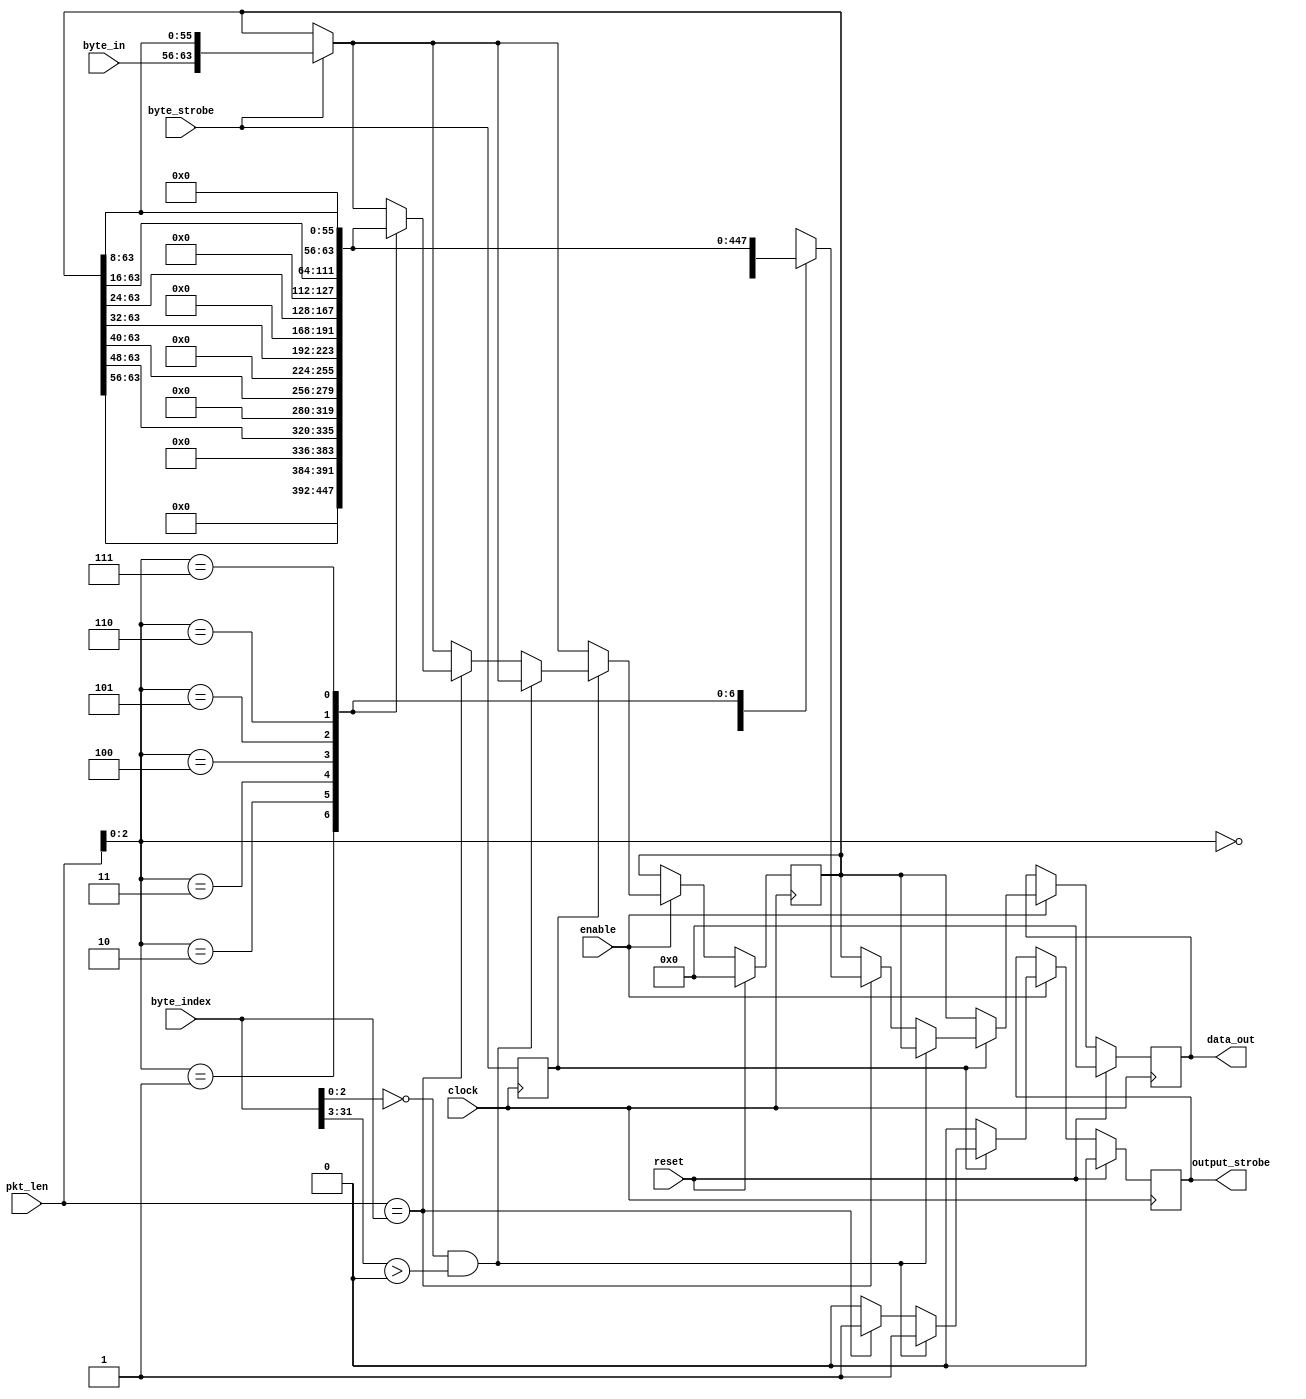
/********************************************************           
    * An interface to assemble bytes into 64 bits.         *   
    *                                                      *   
    ********************************************************/  
module intf_64bit (
    input clock,
    input reset,
    input enable,
    input wire [15:0] pkt_len,
    input wire [31:0] byte_index,
    input wire [7:0] byte_in,
    input wire byte_strobe,

    output reg [63:0] data_out,
    output reg output_strobe
);


    reg byte_strobe_delay ;
    reg [63:0] dout ; 
    always @ (posedge clock)
    begin
        byte_strobe_delay <= byte_strobe ;
        //data_out <= dout ;
    end
    
    always @ (posedge clock)
    begin
        if(reset) begin
            dout <= 64'h0 ;
            data_out <= 64'h0;
            output_strobe <= 1'b0 ;
        end  
        else if(enable) begin
            output_strobe <= 1'b0 ;
            data_out <= dout ;
            if(byte_strobe) begin
                dout <= {byte_in, dout[63:8]} ;
            end
            if(byte_strobe_delay) begin
                if(byte_index[2:0] == 3'b0 && byte_index[31:3] > 0 )
                    output_strobe <= 1'b1 ;
                else if (pkt_len == byte_index) begin
                    output_strobe <= 1'b1 ;
                    case (pkt_len[2:0])
                        3'b000: data_out <= dout;
                        3'b001: begin data_out <= {56'b0,dout[63:56]}; dout <= {56'b0,dout[63:56]}; end
                        3'b010: begin data_out <= {48'b0,dout[63:48]}; dout <= {48'b0,dout[63:48]}; end
                        3'b011: begin data_out <= {40'b0,dout[63:40]}; dout <= {40'b0,dout[63:40]}; end
                        3'b100: begin data_out <= {32'b0,dout[63:32]}; dout <= {32'b0,dout[63:32]}; end
                        3'b101: begin data_out <= {24'b0,dout[63:24]}; dout <= {24'b0,dout[63:24]}; end
                        3'b110: begin data_out <= {16'b0,dout[63:16]}; dout <= {16'b0,dout[63:16]}; end
                        3'b111: begin data_out <= {8'b0,dout[63:8]};   dout <= {8'b0,dout[63:8]};   end  
                        default: data_out <= dout;
                    
                    endcase
                
                end
                  
            end
        
        end
    
    end

endmodule